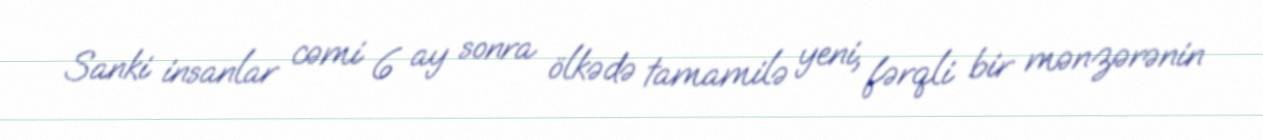
Sanki insanlar cəmi 6 ay sonra ölkədə tamamilə yeni, fərqli bir mənzərənin